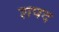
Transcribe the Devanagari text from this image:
शपद